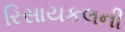
રિસાયકલની